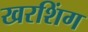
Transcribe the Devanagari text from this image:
खरशिंग